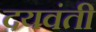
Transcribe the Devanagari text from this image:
दयवंती